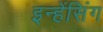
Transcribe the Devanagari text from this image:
इन्हेंसिंग